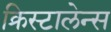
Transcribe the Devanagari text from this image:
क्रिस्टालेन्स